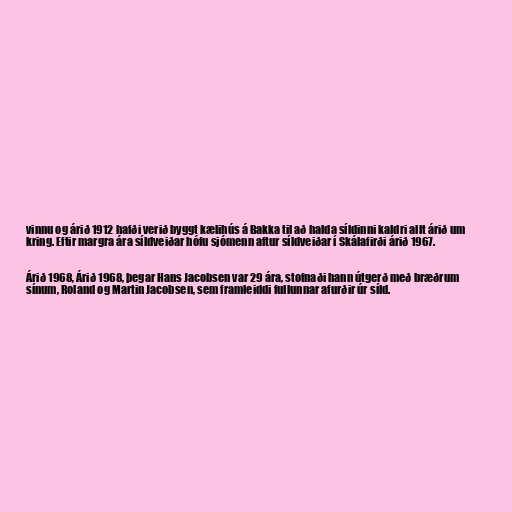
vinnu og árið 1912 hafði verið byggt kælihús á Bakka til að halda síldinni kaldri allt árið um
kring. Eftir margra ára síldveiðar hófu sjómenn aftur síldveiðar í Skálafirði árið 1967.

Árið 1968, Árið 1968, þegar Hans Jacobsen var 29 ára, stofnaði hann útgerð með bræðrum
sínum, Roland og Martin Jacobsen, sem framleiddi fullunnar afurðir úr síld.